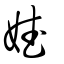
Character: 娬